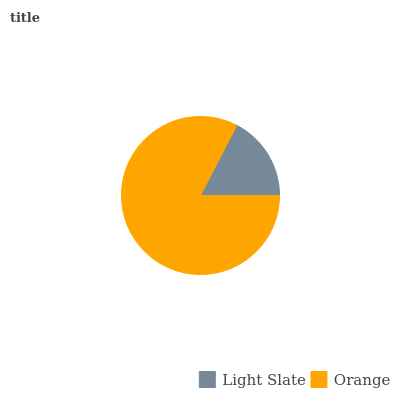
| Light Slate | Orange |
 | --- | --- |
 | 17.4% | 82.6% |